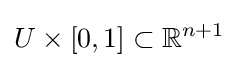
U\times [0,1]\subset \mathbb {R} ^{n+1}